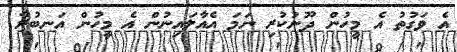
އެ ވަގުތު އެ މީހުން ދޫނުކުރި ނަމަ އެއާލައިނުން އެ މީހުން އަނބުރާ